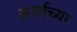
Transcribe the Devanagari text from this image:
अर्जाच्या